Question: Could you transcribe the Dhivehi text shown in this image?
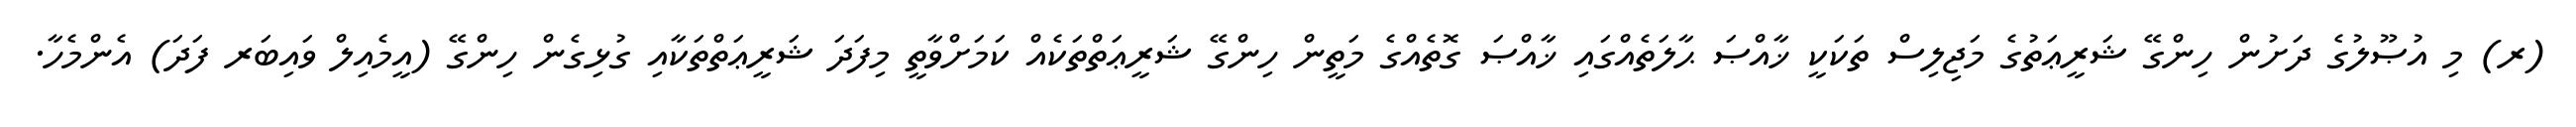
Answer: (ރ) މި އުޞޫލުގެ ދަށުން ހިންގޭ ޝަރީޢަތުގެ މަޖިލިސް ތަކަކީ ޚާއްޞަ ޙާލަތެއްގައި ޚާއްޞަ ގޮތެއްގެ މަތީން ހިންގޭ ޝަރީޢަތްތަކެއް ކަމަށްވާތީ މިފަދަ ޝަރީޢަތްތަކާއި ގުޅިގެން ހިންގޭ (އީމެއިލް ވައިބަރ ފަދަ) އެންމެހާ.